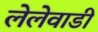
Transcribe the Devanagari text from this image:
लेलेवाडी